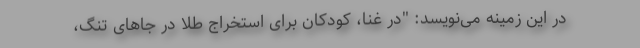
در این زمینه می‌نویسد: "در غنا، کودکان برای استخراج طلا در جاهای تنگ،